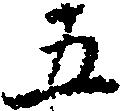
五